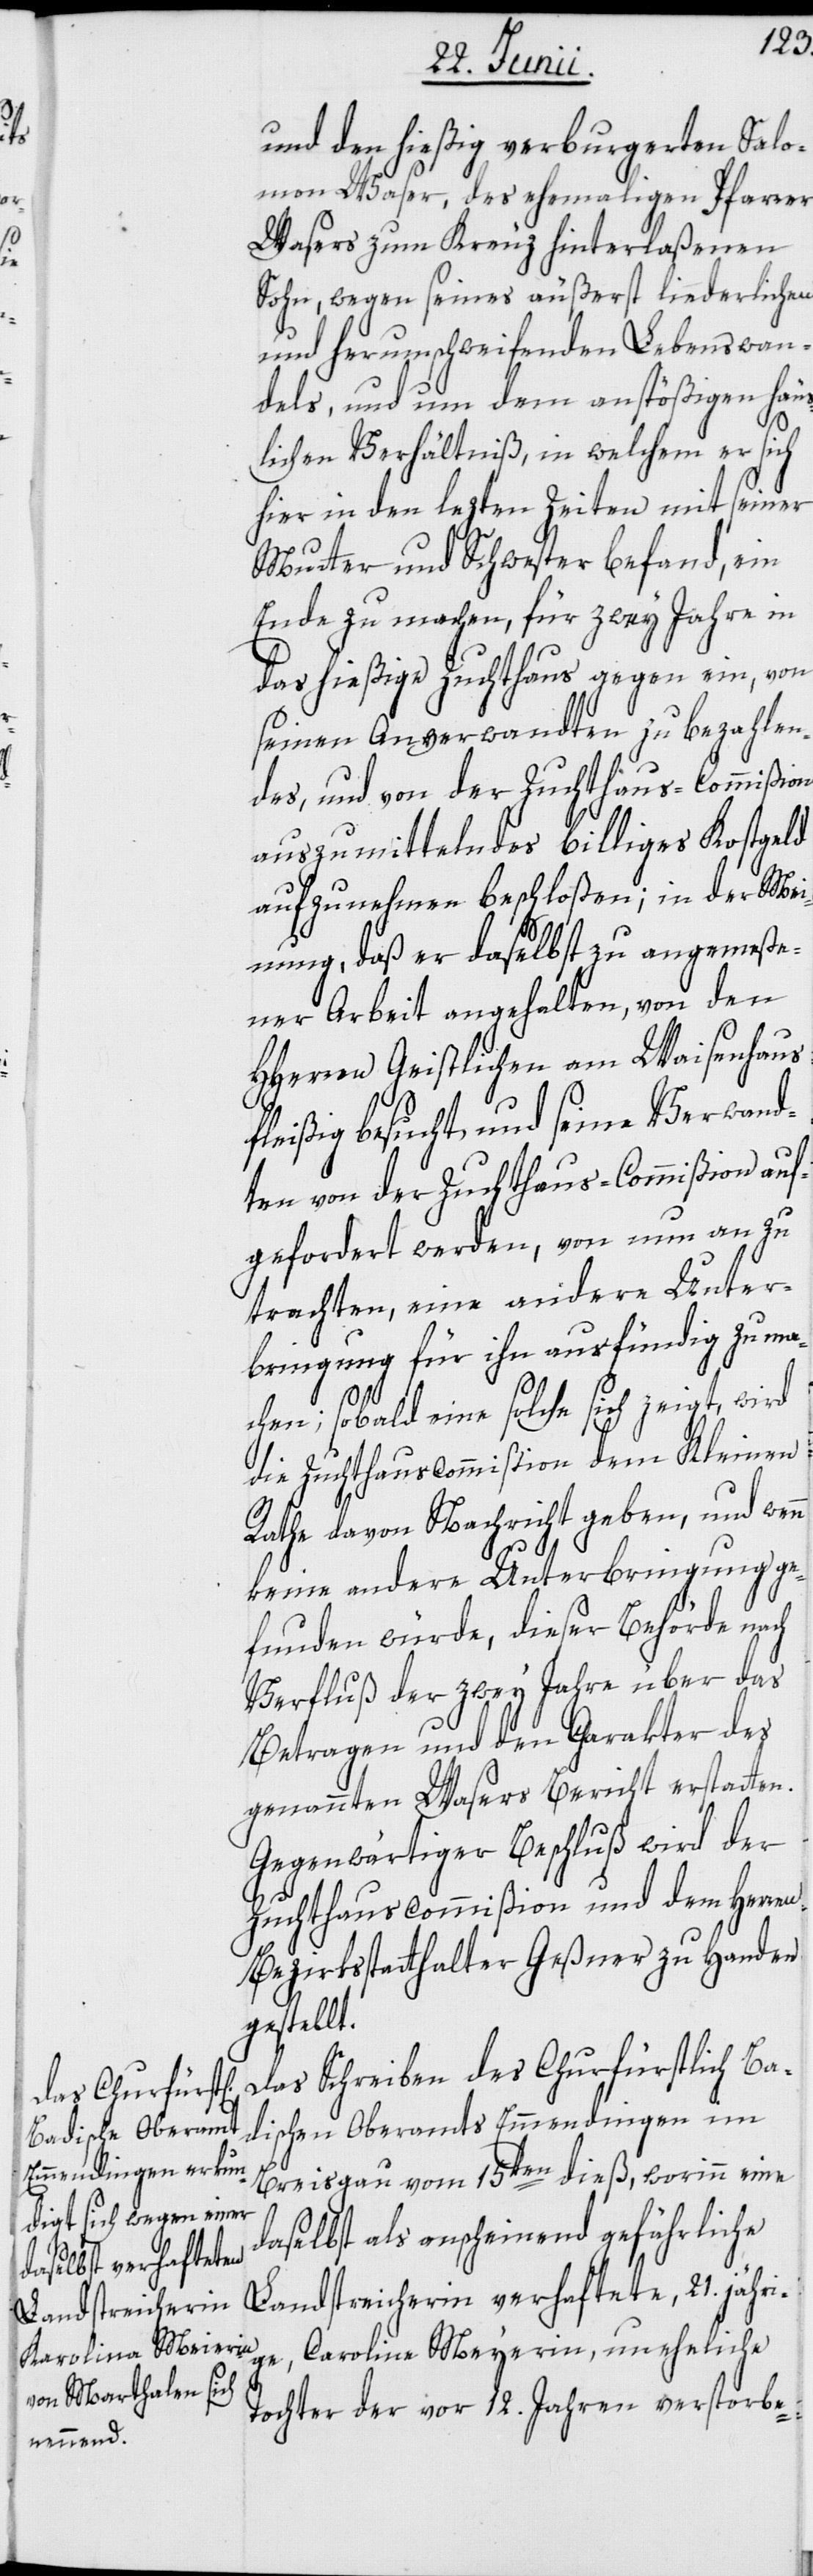
und den hießig verburgerten Salo¬
mon Waser, des ehemaligen Pfarrer
Wasers zum Kreuz hinterlaßenen
Sohn, wegen seines äußerst liederlichen
und herumschweifenden Lebenswan¬
dels, und um dem anstößigen häus¬
lichen Verhältniß, in welchem er sich
hier in den lezten Zeiten mit seiner
Mutter und Schwester befand, ein
Ende zu machen, für zwey Jahre in
das hießige Zuchthaus gegen ein, von
seinen Anverwandten zu bezahlen¬
des, und von der Zuchthaus-Commißion
auszumittelndes billiges Kostgeld
aufzunehmen beschloßen; in der Mei¬
nung, daß er daselbst zu angemeße¬
ner Arbeit angehalten, von den
HHerren Geistlichen am Waisenhaus
fleißig besucht, und seine Verwand¬
ten von der Zuchthaus-Commißion auf¬
gefordert werden, von nun an zu
trachten, eine andere Unter¬
bringung für ihn ausfündig zu ma¬
chen; sobald eine solche sich zeigt, wird
die Zuchthauscommißion dem Kleinen
Rathe davon Nachricht geben, und wenn
keine andere Unterbringung ge¬
funden würde, dieser Behörde nach
Verfluß der zwey Jahre über das
Betragen und den Charakter des
genannten Wasers Bericht ertstatten.
Gegenwärtiger Beschluß wird der
Zuchthauscommißion und dem Herren
Bezirksstatthalter Geßner zu Handen
gestellt.
Das Schreiben des Churfürstlich Ba¬
dischen Oberamts Emmendingen im
Breisgau vom 15ten dieß, worinn eine
daselbst als anscheinend gefährliche
Landstreicherin verhaftete, 21. jähri¬
Caroline Meyerin, uneheliche
ge,
Tochter der vor 12. Jahren verstorbe-